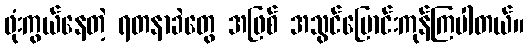
ဖုံးကွယ်နေတဲ့ ရတနာခဲတွေ အဖြစ် အသွင်ပြောင်းကုန်ကြပါတယ်။